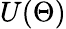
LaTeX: U(\Theta)